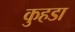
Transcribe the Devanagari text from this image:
कुहडा